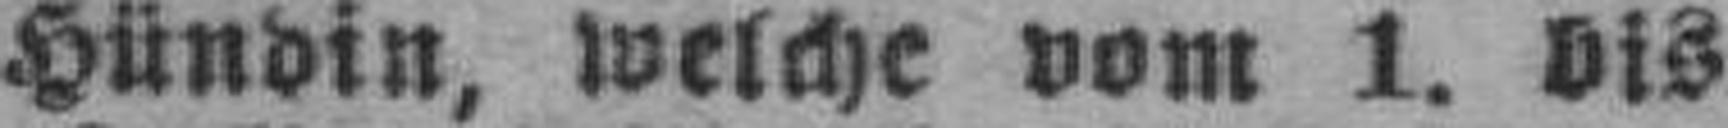
Hündin, welche vom 1. bis